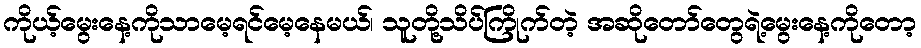
ကိုယ့်မွေးနေ့ကိုသာမေ့ရင်မေ့နေမယ်၊ သူတို့သိပ်ကြိုက်တဲ့ အဆိုတော်တွေရဲ့မွေးနေ့ကိုတော့